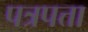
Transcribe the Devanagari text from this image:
पत्रपत्ता